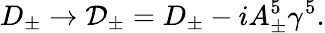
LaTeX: D_{\pm}\rightarrow{\cal D}_{\pm}=D_{\pm}-iA_{\pm}^{5}\gamma^{5}.